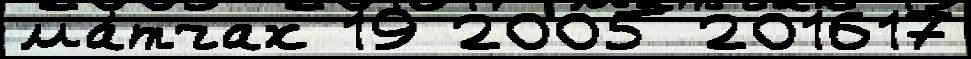
ма́тчах 19 2005 201617